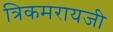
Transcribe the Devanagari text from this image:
त्रिकमरायजी